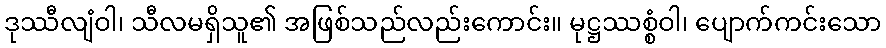
ဒုဿီလျံဝါ၊ သီလမရှိသူ၏ အဖြစ်သည်လည်းကောင်း။ မုဋ္ဌဿစ္စံဝါ၊ ပျောက်ကင်းသော